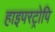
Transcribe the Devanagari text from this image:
हाइपरट्रोपि